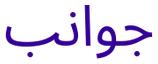
جوانب